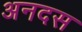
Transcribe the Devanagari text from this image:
अनदस